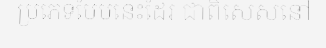
ប្រភេទបែបនេះដែរ ជាពិសេសនៅ